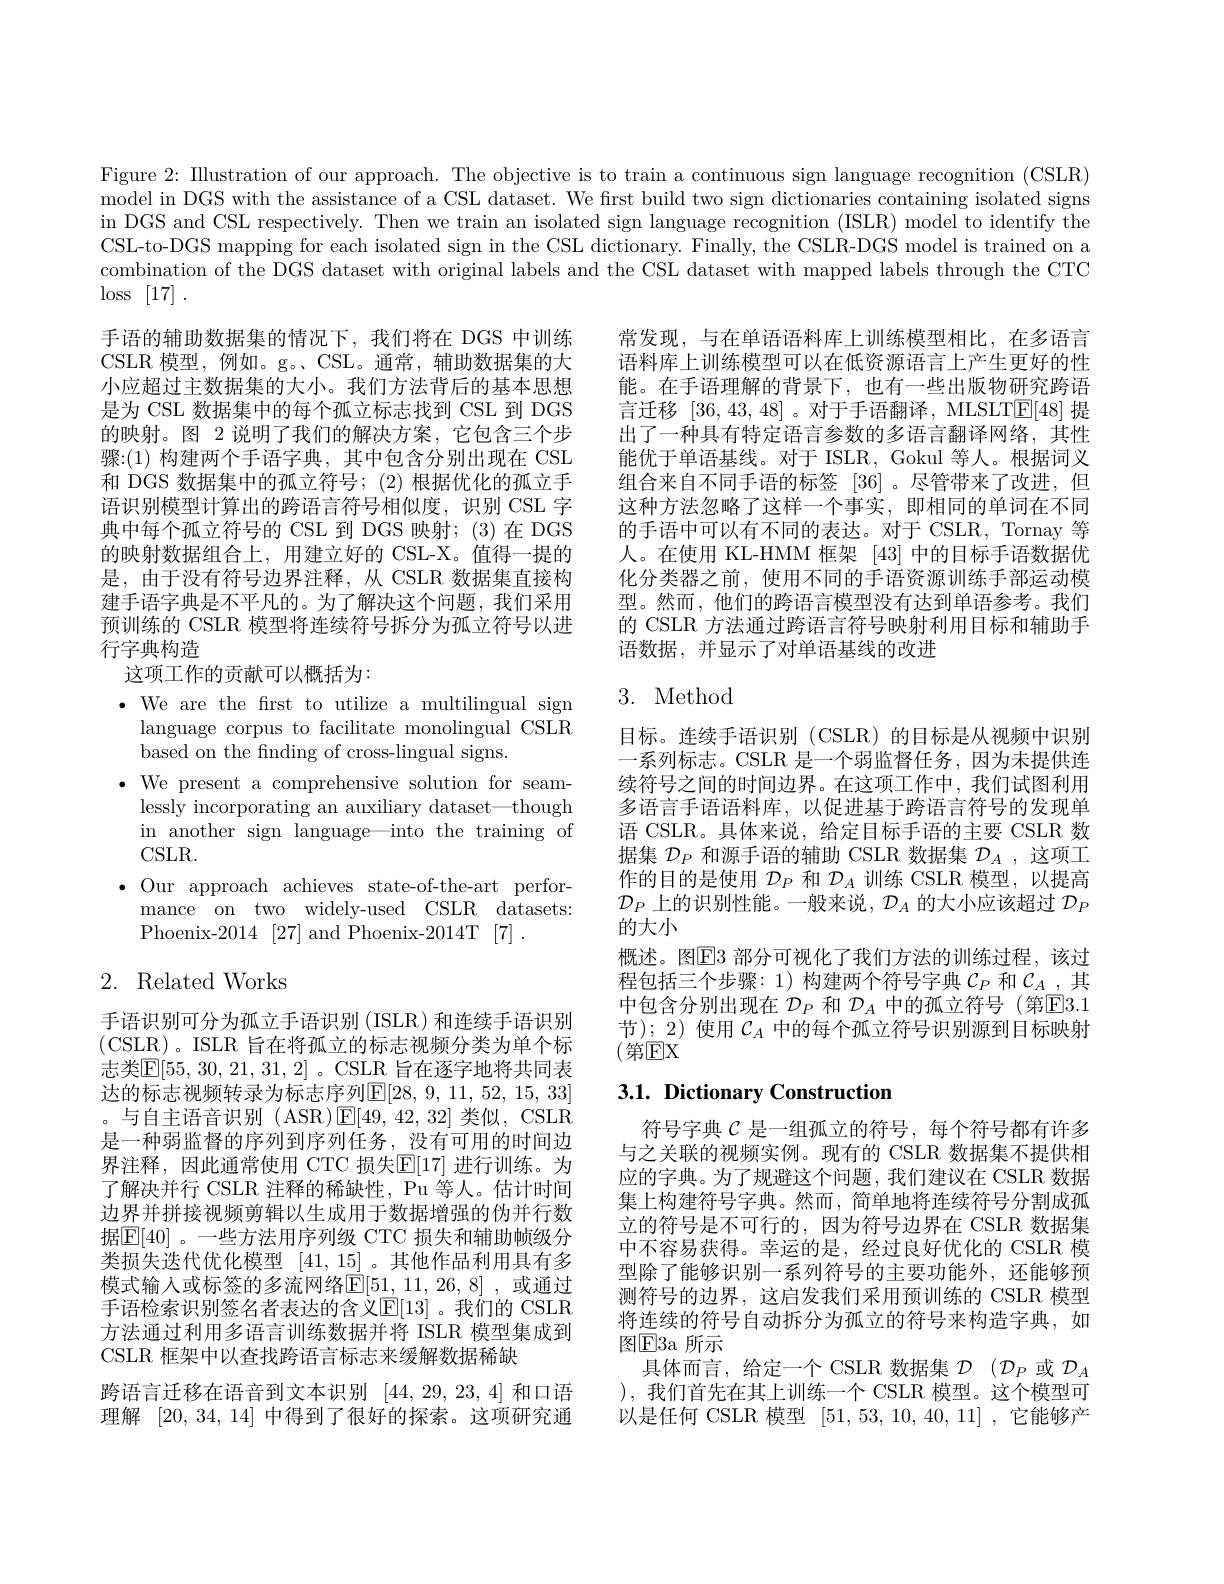
Figure 2: Illustration of our approach. The objective is to train a continuous sign language recognition (CSLR) model in DGS with the assistance of a CSL dataset. We first build two sign dictionaries containing isolated signs in DGS and CSL respectively. Then we train an isolated sign language recognition (ISLR) model to identify the CSL-to-DGS mapping for each isolated sign in the CSL dictionary. Finally, the CSLR-DGS model is trained on a combination of the DGS dataset with original labels and the CSL dataset with mapped labels through the CTC $\log\left[17\right].$

手语的辅助数据集的情况下，我们将在 DGS 中训练CSLR 模型，例如。g。、CSL。通常，辅助数据集的大小应超过主数据集的大小。我们方法背后的基本思想是为 CSL 数据集中的每个孤立标志找到 CSL 到 DGS 的映射。图 2 说明了我们的解决方案，它包含三个步骤：(1)构建两个手语字典，其中包含分别出现在 CSL 和 DGS 数据集中的孤立符号；(2)根据优化的孤立手语识别模型计算出的跨语言符号相似度，识别 CSL 字典中每个孤立符号的 CSL 到 DGS 映射；(3)在 DGS 的映射数据组合上，用建立好的 CSL-X。值得一提的是，由于没有符号边界注释，从 CSLR 数据集直接构建手语字典是不平凡的。为了解决这个问题，我们采用预训练的 CSLR 模型将连续符号拆分为孤立符号以进行字典构造

常发现，与在单语语料库上训练模型相比，在多语言语料库上训练模型可以在低资源语言上产生更好的性能。在手语理解的背景下，也有一些出版物研究跨语言迁移[36,43,48] 。对于手语翻译，MLSLTE[48] 提出了一种具有特定语言参数的多语言翻译网络，其性能优于单语基线。对于 ISLR, Gokul 等人。根据词义组合来自不同手语的标签[36] 。尽管带来了改进，但这种方法忽略了这样一个事实，即相同的单词在不同的手语中可以有不同的表达。对于 CSLR, Tornay 等人。在使用 KL-HMM 框架[43]中的目标手语数据优化分类器之前，使用不同的手语资源训练手部运动模型。然而，他们的跨语言模型没有达到单语参考。我们的 CSLR 方法通过跨语言符号映射利用目标和辅助手语数据，并显示了对单语基线的改进

这项工作的贡献可以概括为：

3. Method

$\bullet$ We are the frst to utilize a multilingual sign
language corpus to facilitate monolingual CSLR
based on the finding of cross-lingual signs.
$\bullet$ We present a comprehensive solution for seamlessly incorporating an auxiliary dataset—though in another sign language—into the training of CSLR.
$\bullet$ Our approach achieves state-of-the-art perfor-
mance on two widely-used CSLR datasets:
Phoenix-2014 [27]and Phoenix- 2014T [7].

目标。连续手语识别 (CSLR)的目标是从视频中识别一系列标志。CSLR 是一个弱监督任务，因为未提供连续符号之间的时间边界。在这项工作中，我们试图利用多语言手语语料库，以促进基于跨语言符号的发现单语 CSLR。具体来说，给定目标手语的主要 CSLR 数据集$\mathcal{D}_P$和源手语的辅助 CSLR 数据集$\mathcal{D}_A$,这项工作的目的是使用$\mathcal{D}_P$和$\mathcal{D}_A$训练 CSLR 模型，以提高$\mathcal{D}_P$上的识别性能。一般来说，$\mathcal{D}_A$的大小应该超过$\mathcal{D}_P$ 的大小
概述。图$\underline{\mathrm{E}}$3 部分可视化了我们方法的训练过程，该过程包括三个步骤：1)构建两个符号字典$\mathcal{C}_P$ 和$\mathcal{C}_A\_$,其中包含分别出现在$\mathcal{D}_P$和$\mathcal{D}_A$中的孤立符号(第$\mathbb{E}3.1$ 节); 2) 使用$\mathcal{C}_A$中的每个孤立符号识别源到目标映射(第EX

## 2. Related Works

## $3. 1. \textbf{Dictionary Construction}$

手语识别可分为孤立手语识别(ISLR)和连续手语识别(CSLR)。ISLR 旨在将孤立的标志视频分类为单个标志类$\mathbb{E}[55,30,21,31,2]$ 。CSLR 旨在逐字地将共同表达的标志视频转录为标志序列$\mathbb{E}[28,9,11,52,15,33]$ 。与自主语音识别 (ASR)$\operatorname{E}[49,42,32]$类似，CSLR 是一种弱监督的序列到序列任务，没有可用的时间边界注释，因此通常使用 CTC 损失$\mathbb{E}[17]$ 进行训练。为了解决并行 CSLR 注释的稀缺性，Pu 等人。估计时间边界并拼接视频剪辑以生成用于数据增强的伪并行数据$\mathbb{E}[40]$。一些方法用序列级 CTC 损失和辅助帧级分类损失迭代优化模型[41,15] 。其他作品利用具有多模式输入或标签的多流网络$\mathsf E[51,11,26,8]$,或通过手语检索识别签名者表达的含义$\mathbb{E}[13]$ 。我们的 CSLR 方法通过利用多语言训练数据并将 ISLR 模型集成到CSLR 框架中以查找跨语言标志来缓解数据稀缺
跨语言迁移在语音到文本识别[44,29,23,4]和口语理解 [20,34,14] 中得到了很好的探索。这项研究通

符号字典$\mathcal{C}$是一组孤立的符号，每个符号都有许多与之关联的视频实例。现有的 CSLR 数据集不提供相应的字典。为了规避这个问题，我们建议在 CSLR 数据集上构建符号字典。然而，简单地将连续符号分割成孤立的符号是不可行的，因为符号边界在 CSLR 数据集中不容易获得。幸运的是，经过良好优化的 CSLR 模型除了能够识别一系列符号的主要功能外，还能够预测符号的边界，这启发我们采用预训练的 CSLR 模型将连续的符号自动拆分为孤立的符号来构造字典，如图$\textcircled{\mathrm{E}}3$a 所示
具体而言，给定一个 CSLR 数据集$\mathcal{D}$ $( \mathcal{D} _P$或$\mathcal{D}_A$ ),我们首先在其上训练一个 CSLR 模型。这个模型可以是任何 CSLR 模型[51,53,10,40,11] ,它能够产